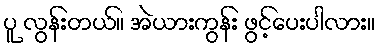
ပူ လွန်းတယ်။ အဲယားကွန်း ဖွင့်ပေးပါလား။